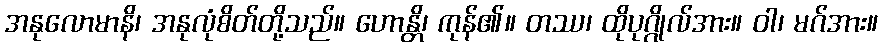
အနုလောမာနိ၊ အနုလုံစိတ်တို့သည်။ ဟောန္တိ၊ ကုန်၏။ တဿ၊ ထိုပုဂ္ဂိုလ်အား။ ဝါ၊ မဂ်အား။